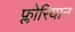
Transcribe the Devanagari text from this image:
फ्लोरियान